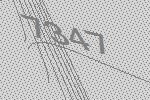
7347